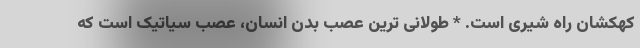
کهکشان راه شیری است. * طولانی ترین عصب بدن انسان، عصب سیاتیک است که